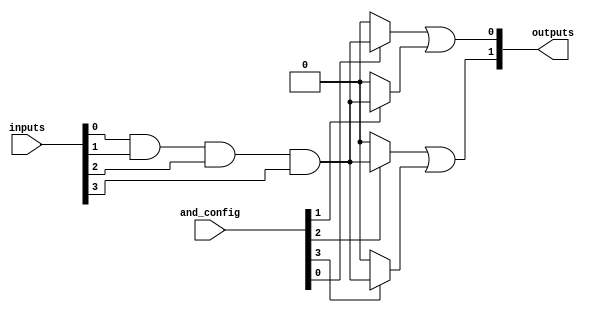
module FusedPAL #(
    parameter NUM_INPUTS = 4,   // Number of inputs
    parameter NUM_AND_GATES = 4, // Number of AND gates
    parameter NUM_OUTPUTS = 2    // Number of outputs
)(
    input wire [NUM_INPUTS-1:0] inputs, // Input lines
    input wire [NUM_AND_GATES-1:0] and_config, // Configuration for AND gates
    output wire [NUM_OUTPUTS-1:0] outputs // Output lines
);

// Internal signals for AND gate outputs
wire [NUM_AND_GATES-1:0] and_outputs;

// Generate programmable AND gates
genvar i;
generate
    for (i = 0; i < NUM_AND_GATES; i = i + 1) begin : and_gate
        // Each AND gate can be configured based on the and_config input
        assign and_outputs[i] = (and_config[i]) ? 
            (inputs[0] & inputs[1] & inputs[2] & inputs[3]) : 1'b0; // Example logic
    end
endgenerate

// Fixed OR plane
assign outputs[0] = and_outputs[0] | and_outputs[1]; // Example OR logic for output 0
assign outputs[1] = and_outputs[2] | and_outputs[3]; // Example OR logic for output 1

endmodule